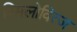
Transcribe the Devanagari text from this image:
स्मिलोवित्ज